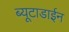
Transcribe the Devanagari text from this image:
ब्यूटाडाईन